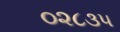
૦૨૮૩૫